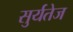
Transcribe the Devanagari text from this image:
सुर्यतेज